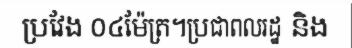
ប្រវែង ០៤ម៉ែត្រ។ប្រជាពលរដ្ឋ និង